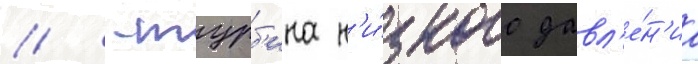
// -турб'ина н'и́зкого давл'е́н'иа